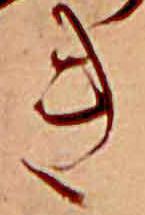
き